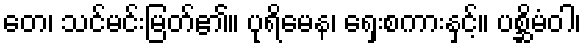
တေ၊ သင်မင်းမြတ်၏။ ပုရိမေန၊ ရှေးစကားနှင့်။ ပစ္ဆိမံဝါ၊